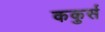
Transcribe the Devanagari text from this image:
ककुर्स